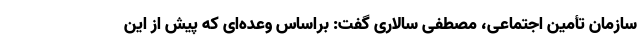
سازمان تأمین اجتماعی، مصطفی سالاری گفت: براساس وعده‌ای که پیش از این